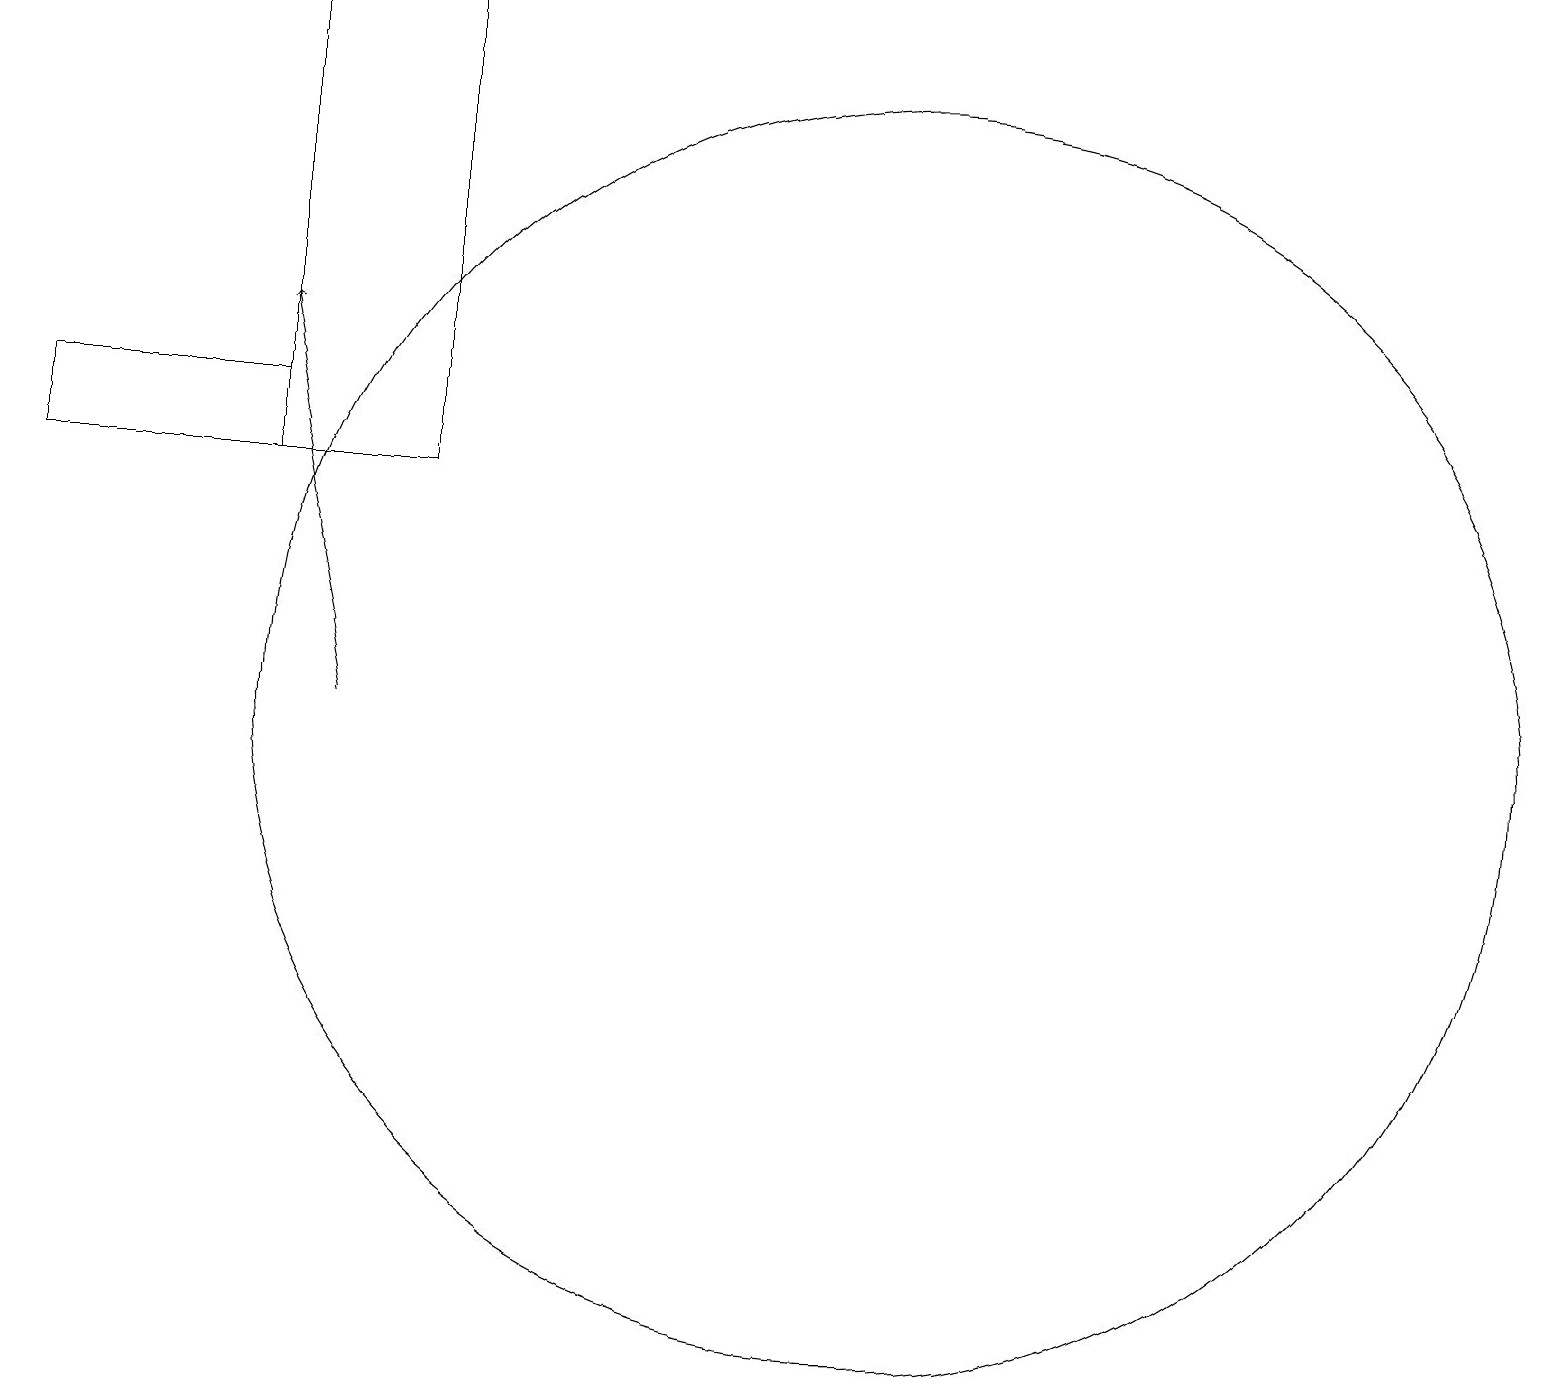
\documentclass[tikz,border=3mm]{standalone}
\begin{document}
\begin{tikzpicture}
\draw (4,14) rectangle (1,13);
\draw (4,13) rectangle (6,19);
\draw[->] (5,10) -- (4,15);
\draw (12,10) circle (8);
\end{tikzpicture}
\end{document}